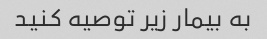
به بیمار زیر توصیه کنید